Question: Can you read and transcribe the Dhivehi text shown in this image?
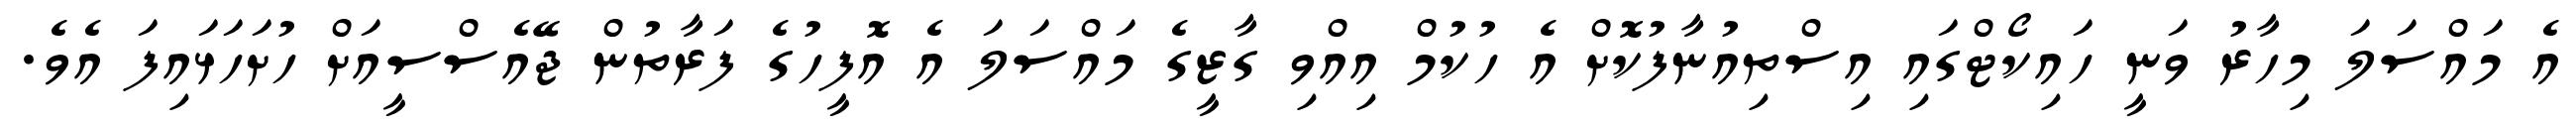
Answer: އެ މައްސަލަ މިހާރު ވަނީ ހައިކޯޓްގައި އިސްތިއުނާފުކޮށް އެ ހުކުމް އިއްވި ގާޒީގެ މައްސަލަ އެ އޮފީހުގެ ފަރާތުން ޖޭއެސްސީއަށް ހުށަހަޅައިފަ އެވެ.